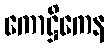
ကောဋ္ဌိကေန